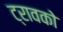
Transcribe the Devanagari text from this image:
ट्रावको